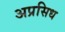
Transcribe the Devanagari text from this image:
अप्रसिध